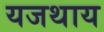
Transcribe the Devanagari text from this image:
यजथाय